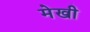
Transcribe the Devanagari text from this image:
मेखी